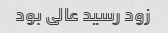
زود رسید عالى بود